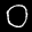
Label: 0